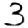
Digit: 3